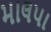
માલપા